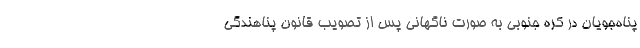
پناه‌جویان در کره جنوبی به صورت ناگهانی پس از تصویب قانون پناهندگی